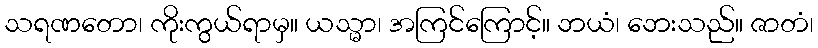
သရဏတော၊ ကိုးကွယ်ရာမှ။ ယသ္မာ၊ အကြင်ကြောင့်။ ဘယံ၊ ဘေးသည်။ ဇာတံ၊